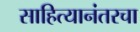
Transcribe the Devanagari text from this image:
साहित्यानंतरचा